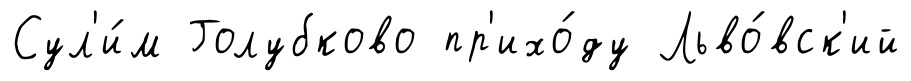
Сул'и́м Голубково пр'ихо́ду Льво́вск'ий